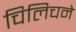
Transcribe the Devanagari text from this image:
चिलिचने